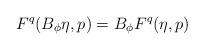
LaTeX: \begin{align*}F^q(B_\phi\eta,p) = B_\phi F^q(\eta,p)\end{align*}